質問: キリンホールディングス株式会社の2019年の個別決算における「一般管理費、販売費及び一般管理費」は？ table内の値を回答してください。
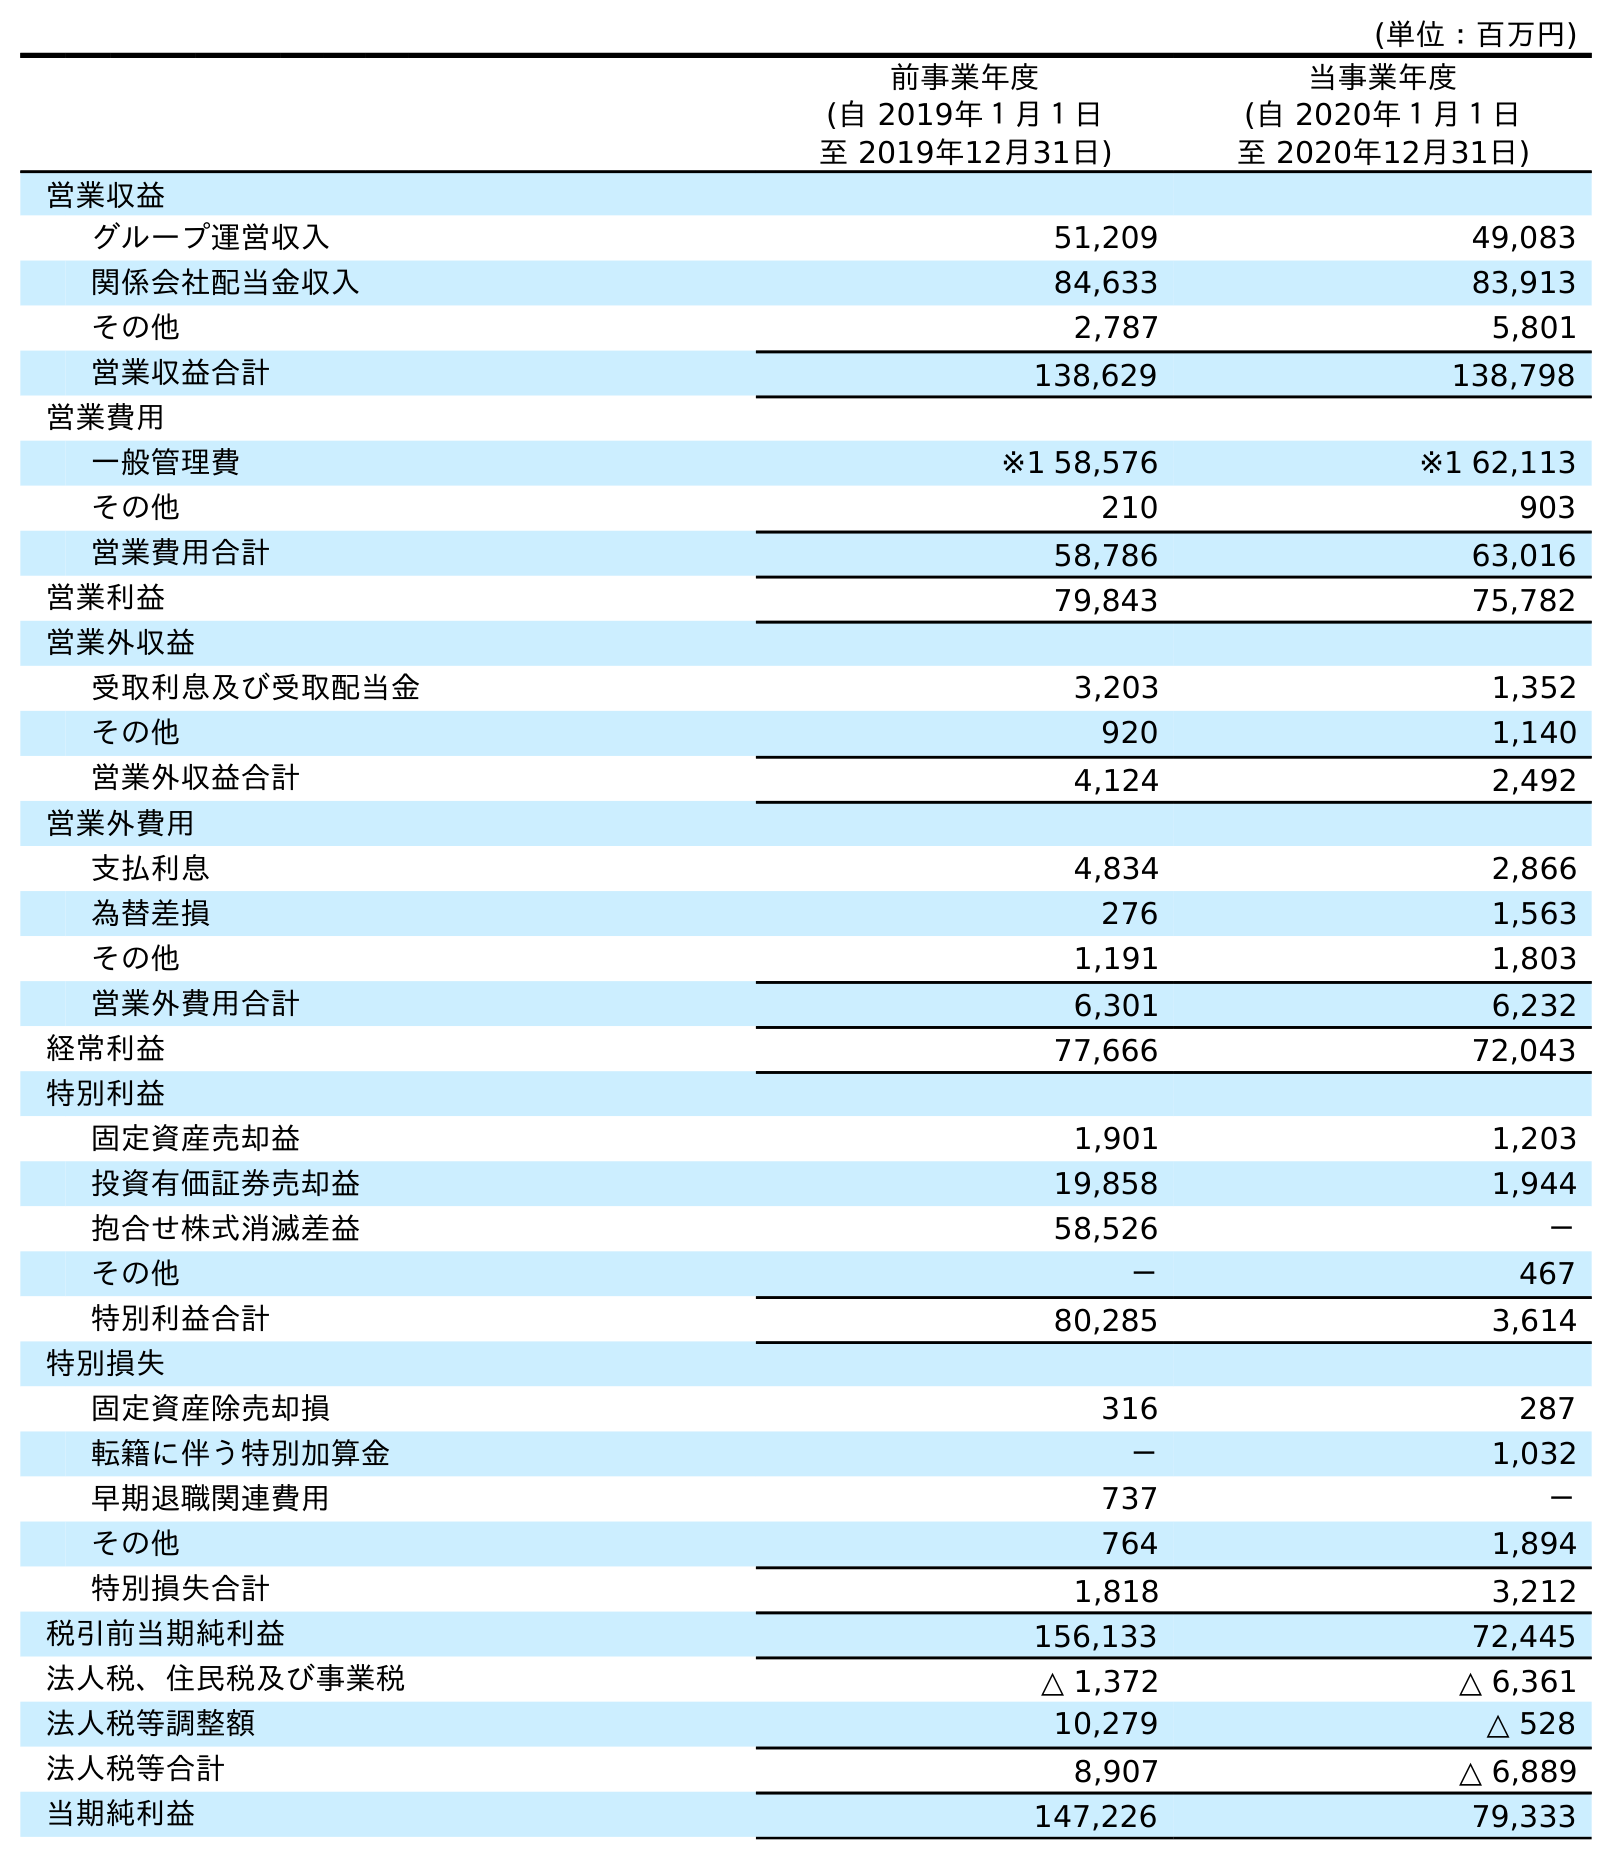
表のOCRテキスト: (単位：百万円) 前事業年度 (自 2019年１月１日 至 2019年12月31日) 当事業年度 (自 2020年１月１日 至 2020年12月31日) 営業収益 グループ運営収入 51,209 49,083 関係会社配当金収入 84,633 83,913 その他 2,787 5,801 営業収益合計 138,629 138,798 営業費用 一般管理費 ※1 58,576 ※1 62,113 その他 210 903 営業費用合計 58,786 63,016 営業利益 79,843 75,782 営業外収益 受取利息及び受取配当金 3,203 1,352 その他 920 1,140 営業外収益合計 4,124 2,492 営業外費用 支払利息 4,834 2,866 為替差損 276 1,563 その他 1,191 1,803 営業外費用合計 6,301 6,232 経常利益 77,666 72,043 特別利益 固定資産売却益 1,901 1,203 投資有価証券売却益 19,858 1,944 抱合せ株式消滅差益 58,526 － その他 － 467 特別利益合計 80,285 3,614 特別損失 固定資産除売却損 316 287 転籍に伴う特別加算金 － 1,032 早期退職関連費用 737 － その他 764 1,894 特別損失合計 1,818 3,212 税引前当期純利益 156,133 72,445 法人税、住民税及び事業税 △ 1,372 △ 6,361 法人税等調整額 10,279 △ 528 法人税等合計 8,907 △ 6,889 当期純利益 147,226 79,333
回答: ※158,576